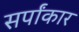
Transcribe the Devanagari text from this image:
सर्पांकार